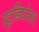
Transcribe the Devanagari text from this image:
स्टूडियोज़।